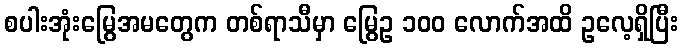
စပါးအုံးမြွေအမတွေက တစ်ရာသီမှာ မြွေဥ ၁၀၀ လောက်အထိ ဥလေ့ရှိပြီး